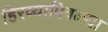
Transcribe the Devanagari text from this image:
हिरव्यापिवळ्या